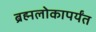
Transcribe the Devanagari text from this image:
ब्रह्मलोकापर्यंत